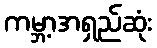
ကမ္ဘာ့အရှည်ဆုံး